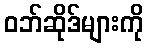
ဝဘ်ဆိုဒ်များကို